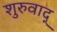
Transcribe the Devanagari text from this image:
शुरुवाद्